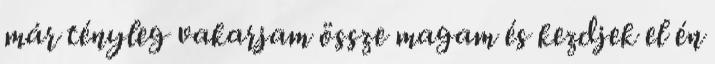
már tényleg vakarjam össze magam és kezdjek el én